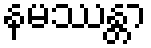
နမဿန္တာ